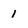
Character: i